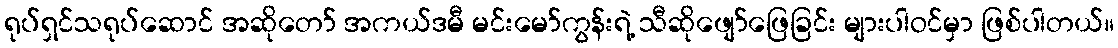
ရုပ်ရှင်သရုပ်ဆောင် အဆိုတော် အကယ်ဒမီ မင်းမော်ကွန်းရဲ့ သီဆိုဖျော်ဖြေခြင်း များပါဝင်မှာ ဖြစ်ပါတယ်။